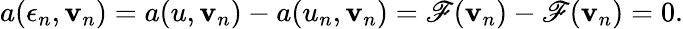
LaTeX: a(\epsilon_{n},\mathbf{v}_{n})=a(u,\mathbf{v}_{n})-a(u_{n},\mathbf{v}_{n})=\mathscr{F}(\mathbf{v}_{n})-\mathscr{F}(\mathbf{v}_{n})=0.